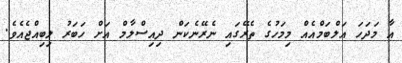
އާ މަދަހަ އަލްބަމްއެއް މިމަހުގެ ތެރޭގައި ނެރޭނެކަން ދިއިސްލާމް އަށް ހަބަރު ލިބިއްޖެއެވެ.